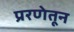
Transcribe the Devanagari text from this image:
प्ररणेतून